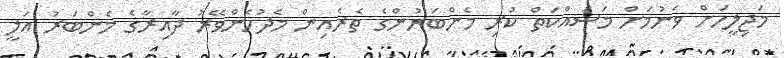
މަޖިލީހަށް ވަނުމަށް މަސައްކަތް ކުރި މެންބަރުންގެ ތެރެއިން މެދުހެންވޭރު ދާއިރާގެ މެންބަރު އަލީ